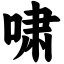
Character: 啸